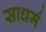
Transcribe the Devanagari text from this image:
साधर्म